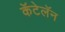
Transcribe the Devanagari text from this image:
कॅटेलॅन